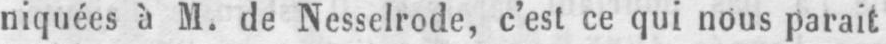
niquées à M. de Nesselrode, c’est ce qui nous parait